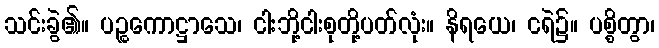
သင်းခွဲ၏။ ပဉ္စကောဋ္ဌာသေ၊ ငါးဘို့ငါးစုတို့ပတ်လုံး။ နိရယေ၊ ငရဲ၌။ ပစ္စိတွာ၊